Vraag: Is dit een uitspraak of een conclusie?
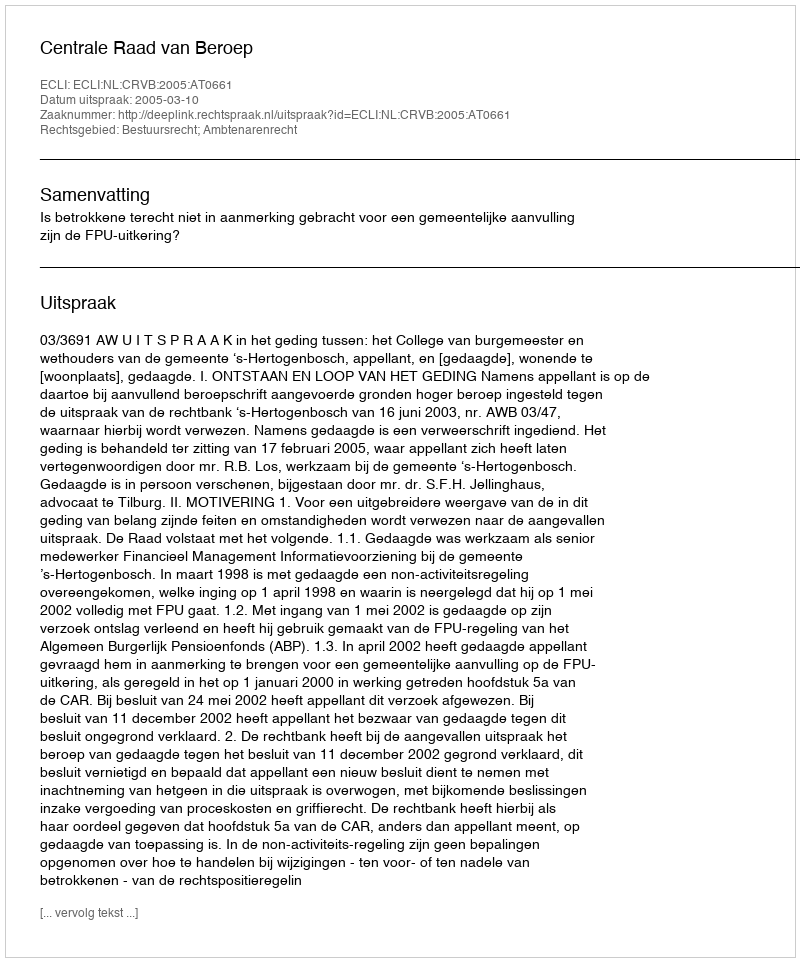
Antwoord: Uitspraak